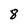
Character: 8